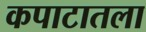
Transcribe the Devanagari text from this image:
कपाटातला